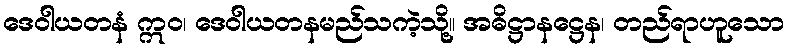
ဒေဝါယတနံ ဣဝ၊ ဒေဝါယတနမည်သကဲ့သို့။ အဓိဋ္ဌာနဋ္ဌေန၊ တည်ရာဟူသော